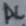
Text: AC